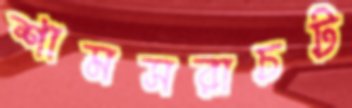
শামসরাচট